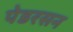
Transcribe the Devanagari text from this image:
पेडरसन